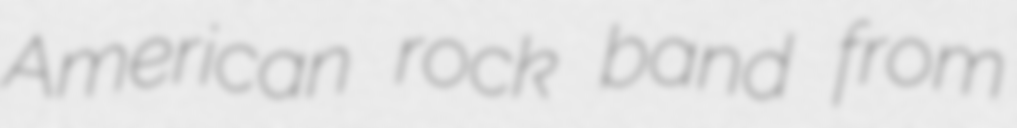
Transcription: American rock band from